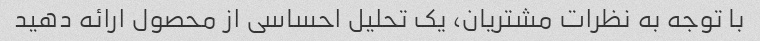
با توجه به نظرات مشتریان، یک تحلیل احساسی از محصول ارائه دهید